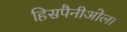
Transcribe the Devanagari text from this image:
हिसपैनीओला